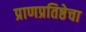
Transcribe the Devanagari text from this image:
प्राणप्रतिष्ठेचा